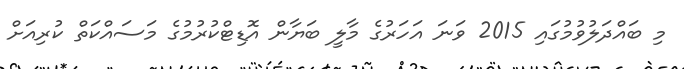
މި ބައްދަލުވުމުގައި 2015 ވަނަ އަހަރުގެ މާލީ ބަޔާން އޮޑިޓްކުރުމުގެ މަސައްކަތް ކުރިއަށް